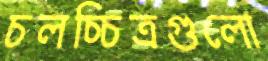
চলচ্চিত্রগুলো